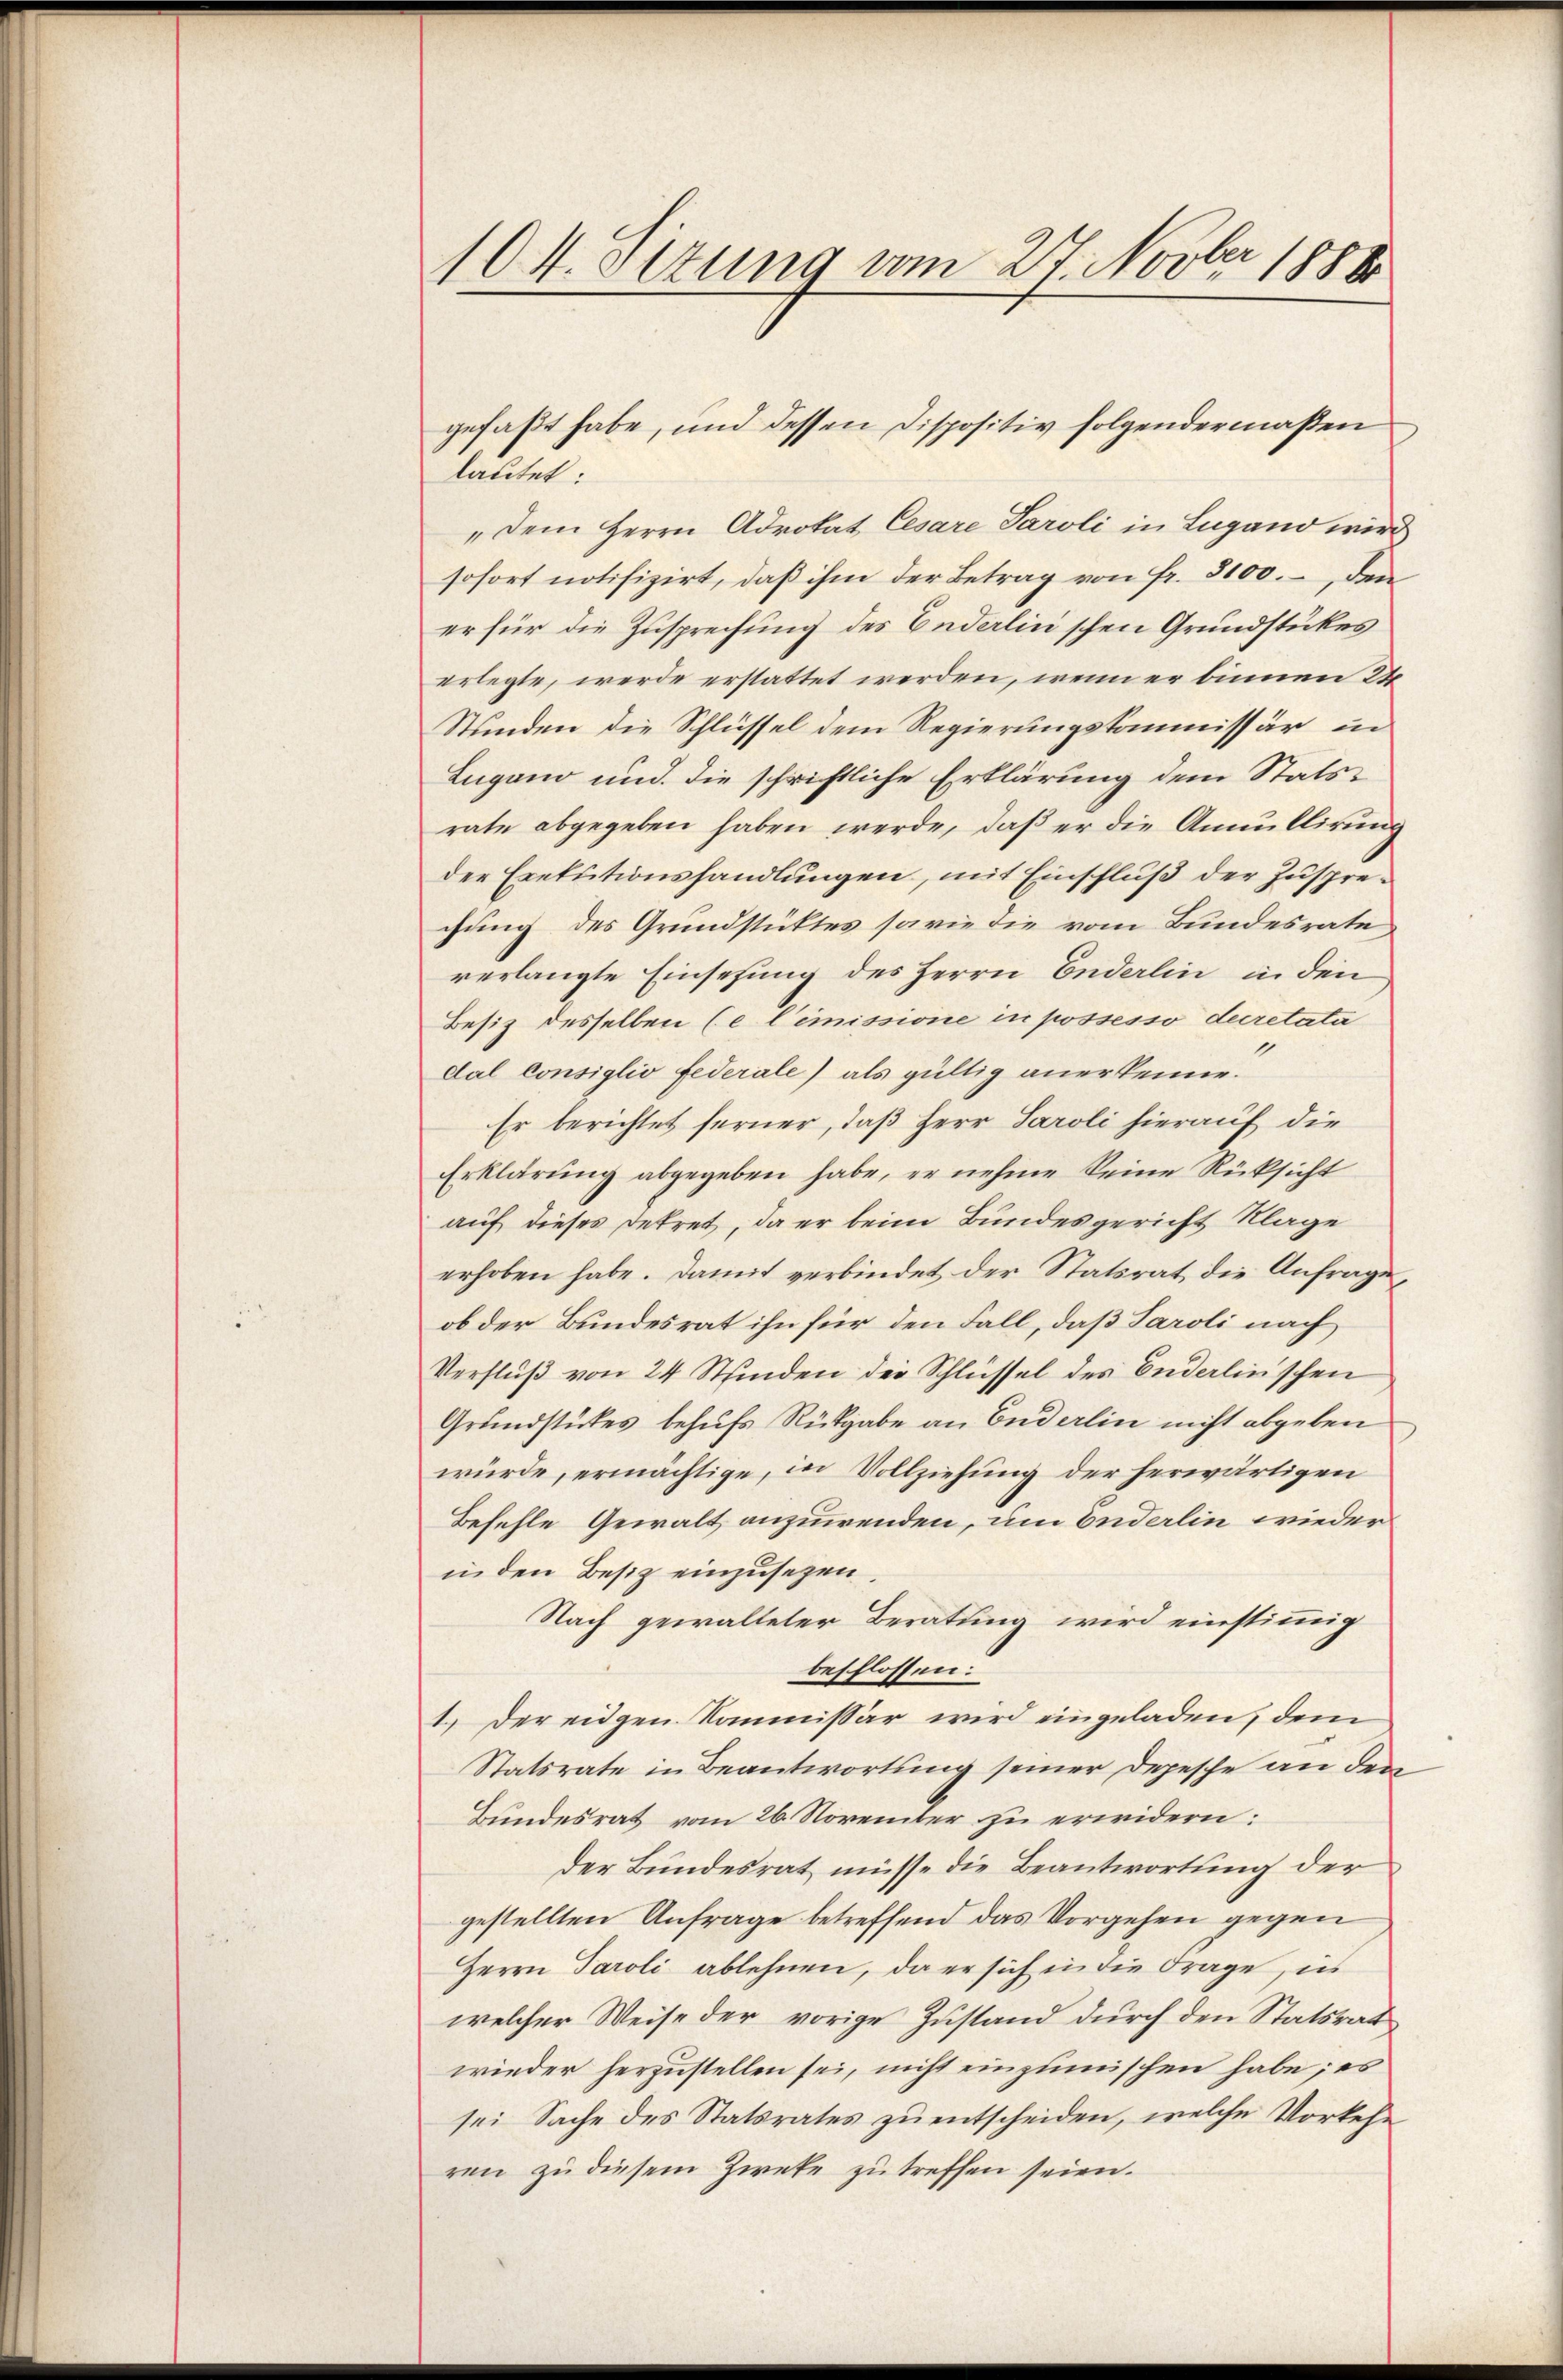
104. Ottung vom 27. Novber 1888

gefaßt habe, und dessen Dispositiv folgendermaßen
lautet:
„Dem Herrn Advokat Cesare Paroli in Lugano wird
sofort notifizirt, daß ihm der Betrag von fr. 3100., den
er für die Zusprechung des Enderlinschen Grundstückes
erlegte, werde erstattet werden, wenn er binnen 24
Stunden die Schlüssel dem Regierungskommissär, in
Lugano und die schriftliche Erklärung dem Statsrate abgegeben haben werde, daß er die Annullirung
der Exekutionshandlungen, mit Einschluß der Zusprechung des Grundstüktes sowie die vom Bundesrate
verlangte Einsehung des Herrn Enderlin, in den
Besitz desselben (e Cimissione in possesso decretata
dal consiglio Federale) als gültig anerkenne.
Er berichtet ferner, daß Herr Paroli hierauf die
Erklärung abgegeben habe, er nehme seine Rüksicht
auf dieses Dekret, da er beim Bundesgericht Klage
erhoben habe. Damit verbindet der Statsrat die Anfrage,
ob der Bundesrat ihn für den Fall, daß Saroli nach
Verfluß von 24 Stfinden der Schlüssel des Enderlinschen
Grundstückes behufs Rückgabe an Enderlin nicht abgeben
würde, ermächtige, in Vollziehung der herwärtigen
Befehle Gewalt anzuwenden, um Enderlin wieder
in den Besitz einzusetzen.
Nach gewalteter Beratung wird einstimmig
beschlossen:
1.) Der eidgen. Kommissär wird eingeladen, dem
Statsrate in Beantwortung seiner Depesche an den
Bundesrat vom 26. November zu erwidern:
der Bundesrat müsse die Beantwortung der
gestellten Anfrage betreffend das Vorgehen gegen
Herrn Paroli ablehnen, da er sich in die Frage, in
welcher Weise der vorige Zustand durch den Statsrat
wieder herzustellen sei, nicht einzumischen habe; es
sei Sache des Statsrates zu entscheiden, welche Vorkehr
ren zu diesem Zwecke zu treffen seien.